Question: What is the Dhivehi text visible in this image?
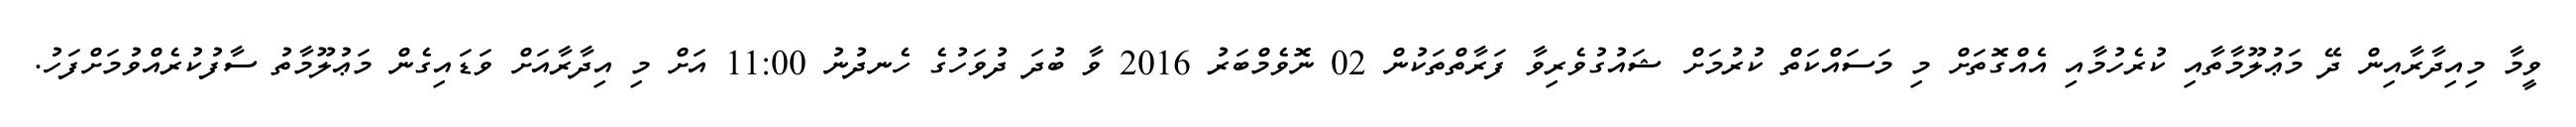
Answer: ވީމާ މިއިދާރާއިން ދޭ މަޢުލޫމާތާއި ކުރެހުމާއި އެއްގޮތަށް މި މަސައްކަތް ކުރުމަށް ޝައުގުވެރިވާ ފަރާތްތަކުން 02 ނޮވެމްބަރު 2016 ވާ ބުދަ ދުވަހުގެ ހެނދުނު 11:00 އަށް މި އިދާރާއަށް ވަޑައިގެން މަޢުލޫމާތު ސާފުކުރެއްވުމަށްފަހު.